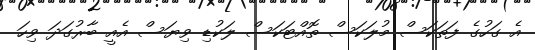
އެ ގަހުގެ ފަތަކަސް މުލަކަސް ތޮއްޓަކަސް ލަކުޑި ވިޔަސް އެއީ ބާރުގަދަ ވިހަ